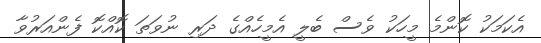
އެކަމަކު ކޮންމެ މީހަކު ވެސް ބެލީ އެމީހެއްގެ ދަރި ނުވަތަ ކޮއްކޮ ފެންއަރުވާ